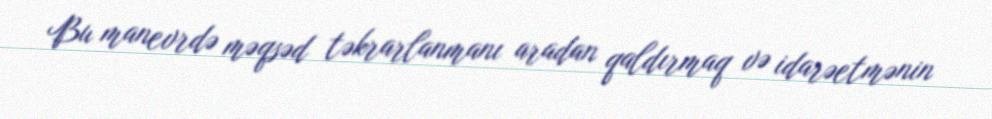
Bu manevrdə məqsəd təkrarlanmanı aradan qaldırmaq və idarəetmənin